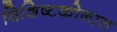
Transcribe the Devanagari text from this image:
विशिष्टकोनात